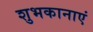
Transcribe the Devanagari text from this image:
शुभकानाएं